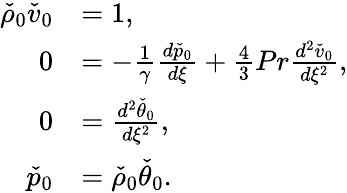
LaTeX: \begin{array}{rl}{\check{\rho}_{0}\check{v}_{0}}&{=1,}\\ {0}&{=-\frac{1}{\gamma}\frac{d\check{p}_{0}}{d\xi}+\frac{4}{3}Pr\frac{d^{2}\check{v}_{0}}{d\xi^{2}},}\\ {0}&{=\frac{d^{2}\check{\theta}_{0}}{d\xi^{2}},}\\ {\check{p}_{0}}&{=\check{\rho}_{0}\check{\theta}_{0}.}\end{array}